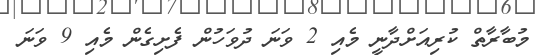
މުބާރާތް ކުރިއަށްދާނީ މެއި 2 ވަނަ ދުވަހުން ފެށިގެން މެއި 9 ވަނަ